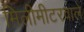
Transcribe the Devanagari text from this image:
मिलीमीटरवाले